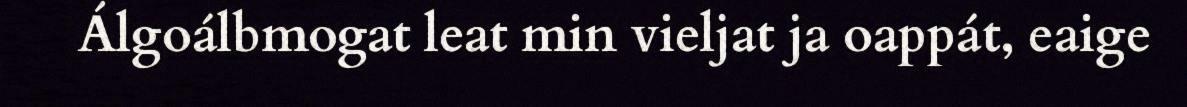
Álgoálbmogat leat min vieljat ja oappát, eaige